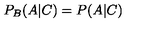
P _ { B } ( A | C ) = P ( A | C )